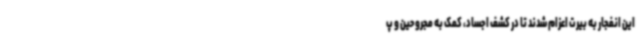
این انفجار به بیرت اعزام شدند تا در کشف اجساد، کمک به مجروحین و پ